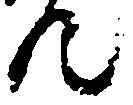
汰